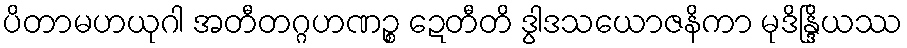
ပိတာမဟယုဂါ အတီတဂ္ဂဟဏဉ္စ ဍေတီတိ ဒွါဒသယောဇနိကာ မုဒိန္ဒြိယဿ